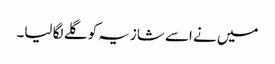
میں نے اسے شازیہ کو گلے لگا لیا۔